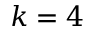
k = 4